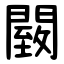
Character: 䦯